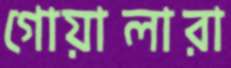
গোয়ালারা